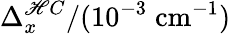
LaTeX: \Delta_{x}^{\mathscr{H}C}/(10^{-3}\; \mathrm{{cm}}^{-1})